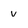
Character: v